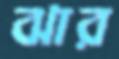
ঝার